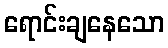
ရောင်းချနေသော